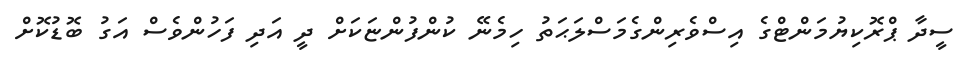
ސީދާ ޕްރޮކިޔުމަންޓްގެ އިސްވެރިންގެމަސްލަޙަތު ހިމެނޭ ކުންފުންޏަކަށް ދީ އަދި ފަހުންވެސް އަގު ބޮޑުކޮށް